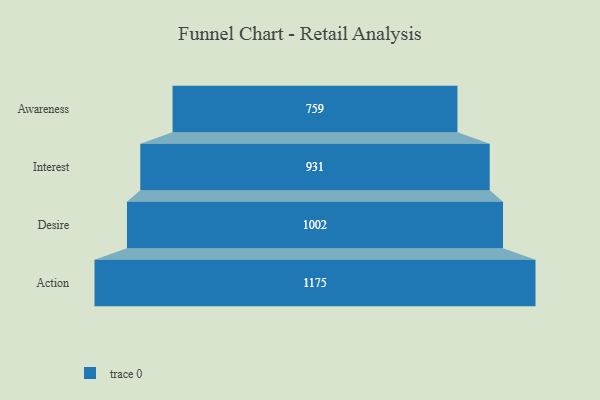
{"axis": {"x": "Stage", "y": "Value"}, "legend": [""], "data": [{"x": "Awareness", "y": 759.0, "type": ""}, {"x": "Interest", "y": 931.0, "type": ""}, {"x": "Desire", "y": 1002.0, "type": ""}, {"x": "Action", "y": 1175.0, "type": ""}]}